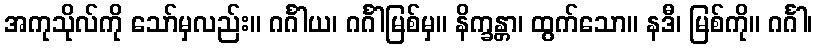
အကုသိုလ်ကို သော်မှလည်း။ ဂင်္ဂါယ၊ ဂင်္ဂါမြစ်မှ။ နိက္ခန္တာ၊ ထွက်သော။ နဒီ၊ မြစ်ကို။ ဂင်္ဂါ၊